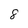
Character: 8